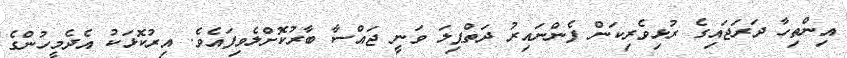
އިންތިހާ ދަރަޖައިގެ ރުޅިވެރިކަން ފެންނައިރު ދަތްޕިލަ ވަނީ ޖައްސާ ބާރުކޮށްލެވިފައެވެ. އިރުކޮޅަކު އެދެމީހުންގެ